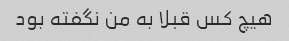
هیچ کس قبلا به من نگفته بود